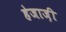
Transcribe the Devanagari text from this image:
हेजाज़ी